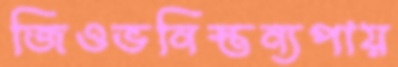
জিওভনিস্তন্যপায়